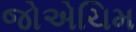
જોએચિમ